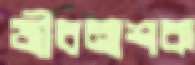
জীবনাশক